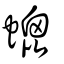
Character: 螕